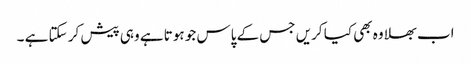
اب بھلا وہ بھی کیا کریں جس کے پاس جو ہوتا ہے وہی پیش کر سکتا ہے ۔